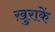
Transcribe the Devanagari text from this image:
ख़ुराकें